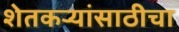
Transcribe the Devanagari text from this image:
शेतकर्‍यांसाठीचा